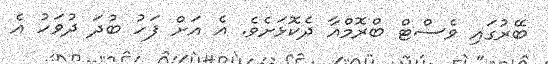
ބޭރުގައި ވެސްޓް ބްރޮމްއާ ދެކޮޅަށެވެ. އެ އަށް ފަހު ބުދަ ދުވަހު އެ